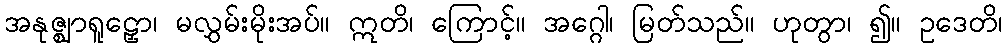
အနုဇ္ဈာရူဠှော၊ မလွှမ်းမိုးအပ်။ ဣတိ၊ ကြောင့်။ အဂ္ဂေါ၊ မြတ်သည်။ ဟုတွာ၊ ၍။ ဥဒေတိ၊